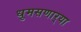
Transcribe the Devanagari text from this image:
धुमसणार्‍या